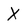
Character: X